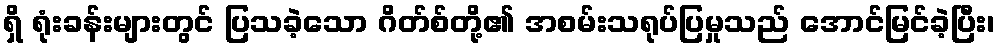
ရှိ ရုံးခန်းများတွင် ပြသခဲ့သော ဂိတ်စ်တို့၏ အစမ်းသရုပ်ပြမှုသည် အောင်မြင်ခဲ့ပြီး၊